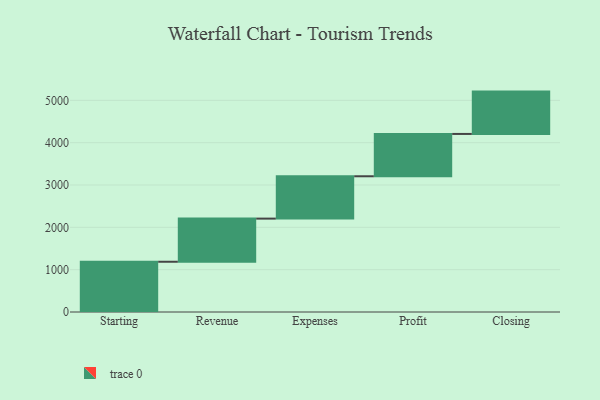
{"axis": {"x": "Step", "y": "Value"}, "legend": [""], "data": [{"x": "Starting", "y": 1187.0, "type": ""}, {"x": "Revenue", "y": 1019.0, "type": ""}, {"x": "Expenses", "y": 1000, "type": ""}, {"x": "Profit", "y": 1000, "type": ""}, {"x": "Closing", "y": 1000, "type": ""}]}